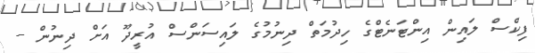
ފިކްސް ލައިން އިންޓަނެޓްގެ ހިދުމަތް ދިނުމުގެ ލައިސަންސް އުރީދޫ އަށް ދިނުން --